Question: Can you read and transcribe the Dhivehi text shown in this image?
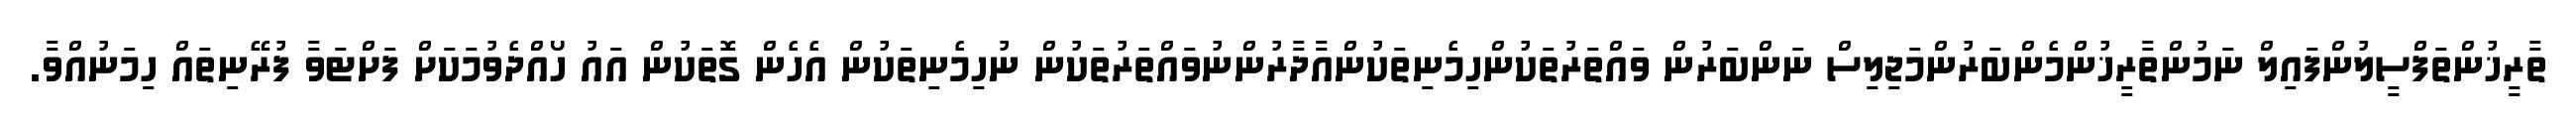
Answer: ތާރީޚުންތަފްސީލުންފައިލް ނަމުންތާރީޚުންމެންބަރުންމަޖިލިސް ނަންބަރުން ވައްތަރުތަކުންހިމެނިތަކުންއާދާރުންނުވައްތަރުތަކުން ނުހިމެނިތަކުން އެހެން ގޮތަކުން އައު ހޯއްދެވުމަކަށް ފަށްޓަވާ ފުރޭނިތައް ހިމަނުއްވާ.